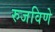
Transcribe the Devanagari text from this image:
रुजविणे